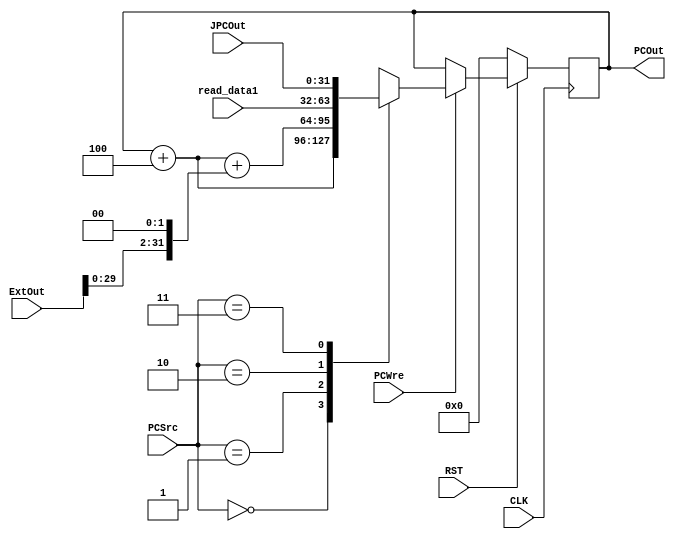
`timescale 1ns / 1ps
//////////////////////////////////////////////////////////////////////////////////
// Company: 
// Engineer: 
// 
// Design Name: 
// Module Name: PC
// Project Name: 
// Target Devices: 
// Tool Versions: 
// Description: 
// 
// Dependencies: 
// 
// Revision:
// Revision 0.01 - File Created
// Additional Comments:
// 
//////////////////////////////////////////////////////////////////////////////////


module PC(
	input CLK, 
	input RST, 
	input PCWre, 
	input [1:0] PCSrc,
	input [31:0] ExtOut,
	input [31:0] read_data1,
	input [31:0] JPCOut,
	output reg [31:0] PCOut
	);

    always@(posedge CLK) begin
        if (RST == 0) begin
            PCOut = 32'h00000000;
        end
        else begin
			#1
            if (PCWre == 1) begin
                case(PCSrc)
					2'b00:
						PCOut = PCOut + 4;
					2'b01:
						PCOut = PCOut + 4 + (ExtOut << 2);
					2'b10:
						PCOut = read_data1;
					2'b11:
						PCOut = JPCOut;
				endcase
            end
        end
    end
endmodule